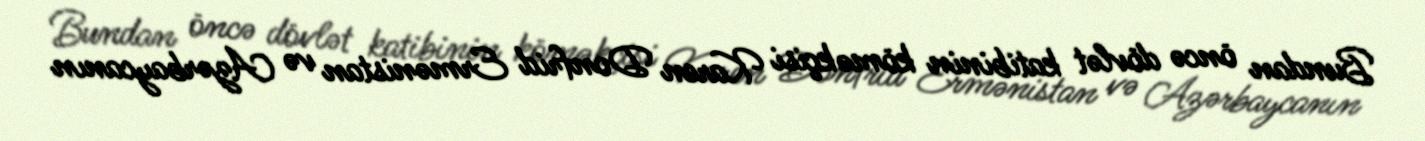
Bundan öncə dövlət katibinin köməkçisi Karen Donfrid Ermənistan və Azərbaycanın